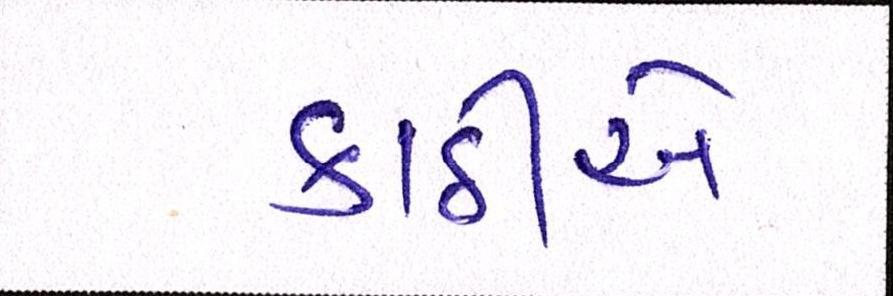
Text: કાઠીએ